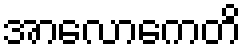
အာလောကေတိ